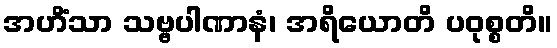
အဟိံသာ သဗ္ဗပါဏာနံ၊ အရိယောတိ ပဝုစ္စတိ။